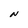
Character: N